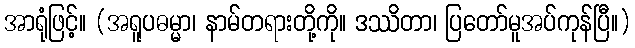
အာရုံဖြင့်။ (အရူပဓမ္မာ၊ နာမ်တရားတို့ကို။ ဒဿိတာ၊ ပြတော်မူအပ်ကုန်ပြီ။)